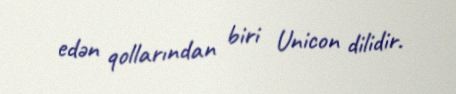
edən qollarından biri Unicon dilidir.